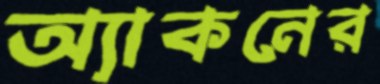
অ্যাকনের